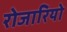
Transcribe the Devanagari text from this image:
रोजारियो